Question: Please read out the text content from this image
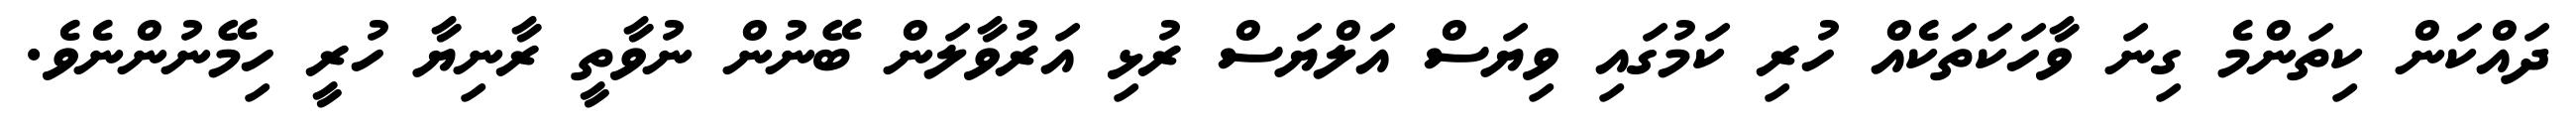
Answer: ދައްކަން ކިތަންމެ ގިނަ ވާހަކަތަކެއް ހުރި ކަމުގައި ވިޔަސް އަލްޔަސް ރުޅި އަރުވާލަން ބޭނުން ނުވާތީ ރާނިޔާ ހުރީ ހިމޭނުންނެވެ.